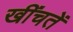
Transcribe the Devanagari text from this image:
खींचतें